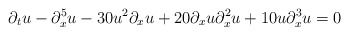
\begin{align*} \partial_tu - \partial_x^5u- 30u^2\partial_xu + 20\partial_xu\partial_x^2u + 10u\partial_x^3u = 0\end{align*}